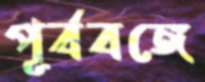
পূর্ববঙ্গে